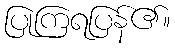
ပြုကြရပြန်၏။